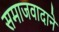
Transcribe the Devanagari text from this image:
समाजवादाने